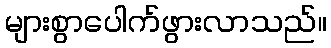
များစွာပေါက်ဖွားလာသည်။